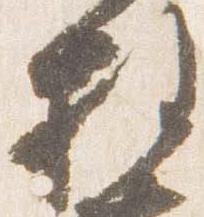
権